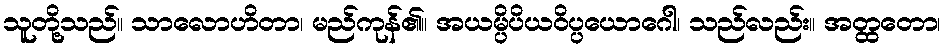
သူတို့သည်။ သာလောဟိတာ၊ မည်ကုန်၏။ အယမ္ပိပိယဝိပ္ပယောဂေါ၊ သည်လည်း။ အတ္ထတော၊